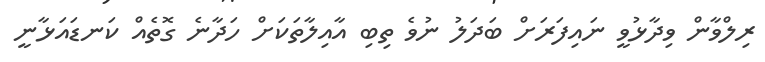
ރިލްވާން ވިދާޅުވީ ނައިފަރަށް ބަދަލު ނުވެ ތިބި އާއިލާތަކަށް ހަދާނެ ގޮތެއް ކަނޑައަޅާނީ